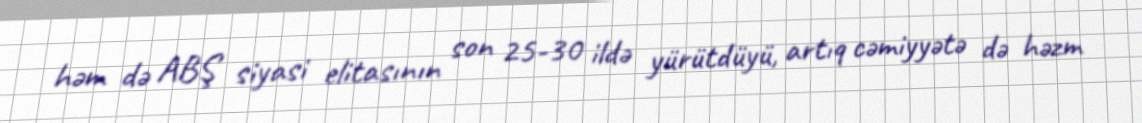
həm də ABŞ siyasi elitasının son 25-30 ildə yürütdüyü, artıq cəmiyyətə də həzm